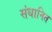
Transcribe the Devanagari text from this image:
संधानित